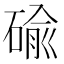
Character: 䃋